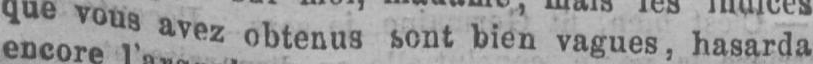
que vous avez obtenus sont bien vagues, hasarda